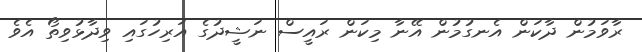
ރާވަމުން ދާކަން އެނގުމުން އޭނާ މިކަން ރައީސް ނަޝީދުގެ އަރިހުގައި ވިދާޅުވިތޯ އެވެ